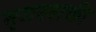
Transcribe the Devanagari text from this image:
सृजनशक्ती